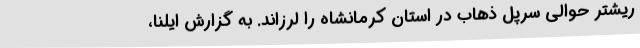
ریشتر حوالی سرپل ذهاب در استان کرمانشاه را لرزاند. به گزارش ایلنا،